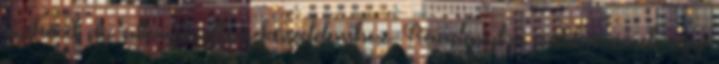
eszközt az allergia elleni küzdelemhez. Ráadásul a patikaszerek egy